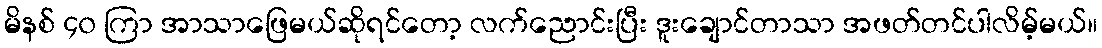
မိနစ် ၄၀ ကြာ အာသာဖြေမယ်ဆိုရင်တော့ လက်ညောင်းပြီး ဒူးချောင်တာသာ အဖတ်တင်ပါလိမ့်မယ်။